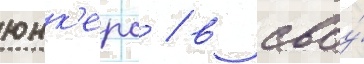
юнк'ерс / в своу́